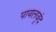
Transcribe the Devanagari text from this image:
पायलवृंद